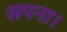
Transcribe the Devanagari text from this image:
सपना।